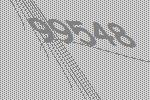
99548